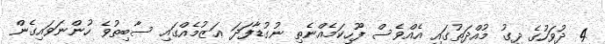
4 ދުވަހުގެ ދިގު މުއްދަތުގައި އެއްވެސް ފޫހިކަމެއްނެތި ނުގުޑާފަދަ ޢަޒުމެއްގައި ސާބިތުވެ ހުންނަވައިގެން